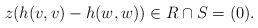
LaTeX: \begin{align*}z(h(v,v) - h(w,w)) \in R \cap S =(0).\end{align*}